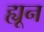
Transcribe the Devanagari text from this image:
ह्यून